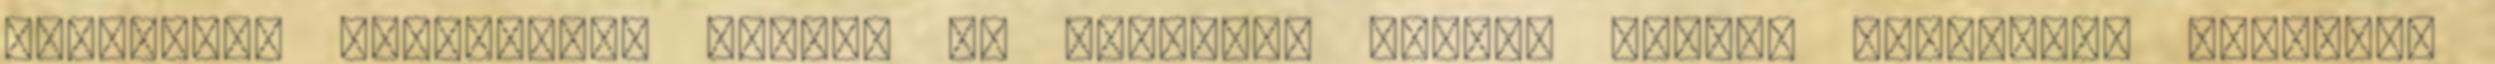
operában? Bolondság, biztos én értettem félre. Nathan kérdésére megvonom